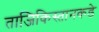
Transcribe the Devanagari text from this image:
ताजिकिस्तानकडे